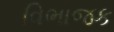
વિભાજક